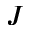
J